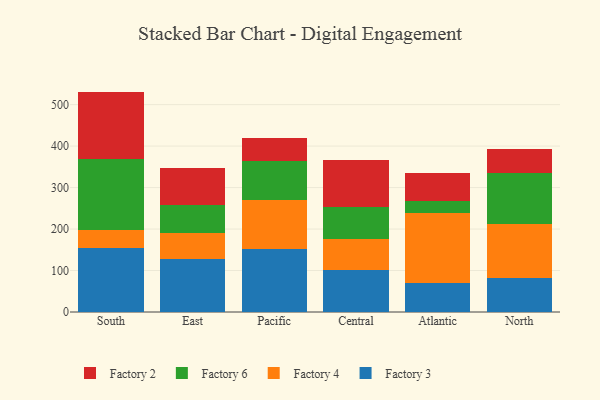
{"axis": {"x": "Region", "y": "Energy Usage (MWh)"}, "legend": ["Factory 2", "Factory 3", "Factory 4", "Factory 6"], "data": [{"x": "South", "y": 154.6, "type": "Factory 3"}, {"x": "South", "y": 44.1, "type": "Factory 4"}, {"x": "South", "y": 169.6, "type": "Factory 6"}, {"x": "South", "y": 163.1, "type": "Factory 2"}, {"x": "East", "y": 127.9, "type": "Factory 3"}, {"x": "East", "y": 62.5, "type": "Factory 4"}, {"x": "East", "y": 67.3, "type": "Factory 6"}, {"x": "East", "y": 89.9, "type": "Factory 2"}, {"x": "Pacific", "y": 152.4, "type": "Factory 3"}, {"x": "Pacific", "y": 117.3, "type": "Factory 4"}, {"x": "Pacific", "y": 93.4, "type": "Factory 6"}, {"x": "Pacific", "y": 57.5, "type": "Factory 2"}, {"x": "Central", "y": 100.5, "type": "Factory 3"}, {"x": "Central", "y": 74.8, "type": "Factory 4"}, {"x": "Central", "y": 78.4, "type": "Factory 6"}, {"x": "Central", "y": 113.5, "type": "Factory 2"}, {"x": "Atlantic", "y": 70.7, "type": "Factory 3"}, {"x": "Atlantic", "y": 168.2, "type": "Factory 4"}, {"x": "Atlantic", "y": 28.8, "type": "Factory 6"}, {"x": "Atlantic", "y": 68.6, "type": "Factory 2"}, {"x": "North", "y": 81.2, "type": "Factory 3"}, {"x": "North", "y": 131.2, "type": "Factory 4"}, {"x": "North", "y": 123.4, "type": "Factory 6"}, {"x": "North", "y": 56.8, "type": "Factory 2"}]}